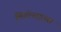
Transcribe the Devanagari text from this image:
लियोनाइडस